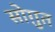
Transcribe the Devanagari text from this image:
सोग़ुत